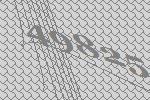
49825